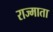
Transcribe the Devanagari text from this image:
राज्माता